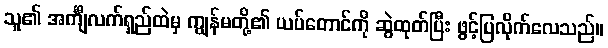
သူ၏ အင်္ကျီလက်ရှည်ထဲမှ ကျွန်မတို့၏ ယပ်တောင်ကို ဆွဲထုတ်ပြီး ဖွင့်ပြလိုက်လေသည်။